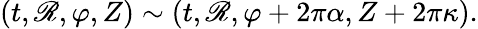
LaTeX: (t,\mathscr{R},\varphi,Z)\sim(t,\mathscr{R},\varphi+2\pi\alpha,Z+2\pi\kappa).